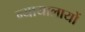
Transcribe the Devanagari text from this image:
न्यायालायों